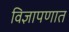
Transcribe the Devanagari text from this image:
विज्ञापणात